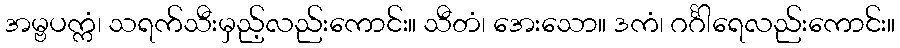
အမ္ဗပက္ကံ၊ သရက်သီးမှည့်လည်းကောင်း။ သီတံ၊ အေးသော။ ဒကံ၊ ဂင်္ဂါရေလည်းကောင်း။